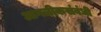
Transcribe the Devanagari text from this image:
आगळीकसंबंधी